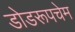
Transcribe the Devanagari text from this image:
डोडरूपचेम